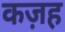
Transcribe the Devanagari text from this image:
कज़ह